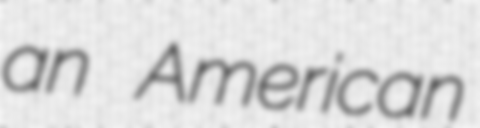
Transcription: an American